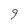
Character: 9